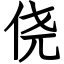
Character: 侥